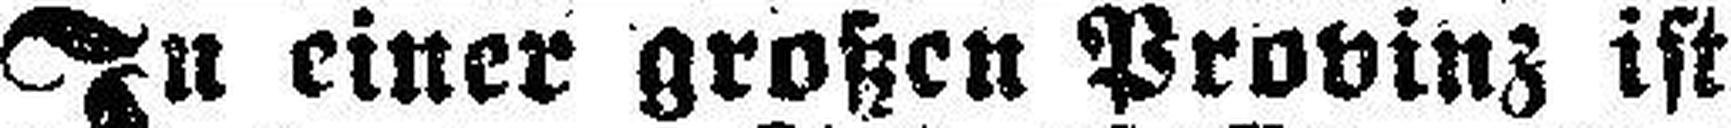
In einer großen Provinz ist